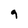
Character: 9